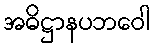
အဓိဋ္ဌာနပဘဝေါ